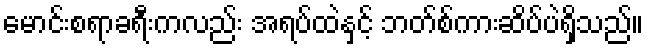
မောင်းစရာခရီးကလည်း အရပ်ထဲနှင့် ဘတ်စ်ကားဆိပ်ပဲရှိသည်။